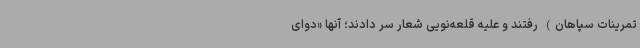
تمرینات سپاهان) رفتند و علیه قلعه‌نویی شعار سر دادند؛ آنها «دوای